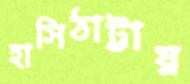
হাসিঠাট্টায়